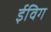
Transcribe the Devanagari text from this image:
ईविग